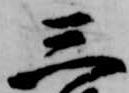
三